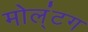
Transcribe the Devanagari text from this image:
मोल्‌ंटग